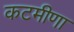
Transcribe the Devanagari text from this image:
कटमीणा